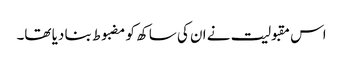
اس مقبولیت نے ان کی ساکھ کو مضبوط بنا دیا تھا۔